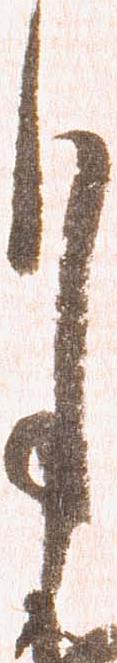
月